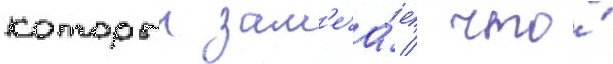
которыи зам'еча́ет / что́